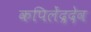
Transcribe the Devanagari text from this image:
कपिलेंद्रदेव